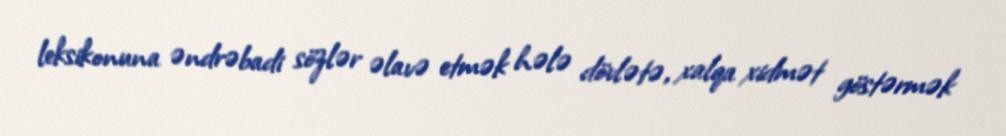
leksikonuna əndrəbadi sözlər əlavə etmək hələ dövlətə, xalqa xidmət göstərmək